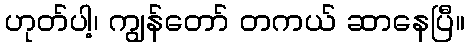
ဟုတ်ပါ့၊ ကျွန်တော် တကယ် ဆာနေပြီ။